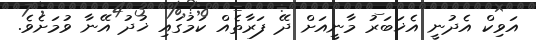
އަވިކް އެދުނީ އެޚަބަރު މާނީއަށް ދޭ ފަރާތެއް ކަމުގައި ޚުދު އޭނާ ވުމަށެވެ.